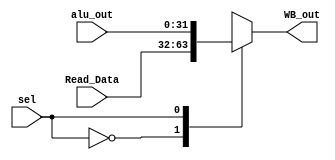
`timescale 1ns / 1ps

module WB(
    input sel,
    input [31:0]Read_Data,
    input [31:0]alu_out,
    
    output [31:0]WB_out 
    );
    
    reg [31:0]WB_out_reg;
    
    always @(sel or Read_Data or alu_out)
        begin
            case(sel)
                1'b0: WB_out_reg = Read_Data;
                1'b1: WB_out_reg = alu_out;
            endcase
        end

    assign WB_out = WB_out_reg;
    
    
endmodule